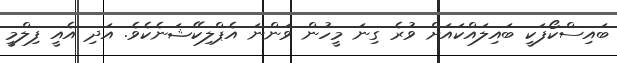
ބައިސްކޯފަކީ ބައިލައްކައަށް ވުރެ ގިނަ މީހުން ވަންނަ އެޕްލިކޭޝަނެކެވެ. އަދި އެއީ ފިލްމީ